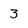
Character: 3